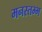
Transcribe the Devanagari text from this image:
मनस्तम्भ